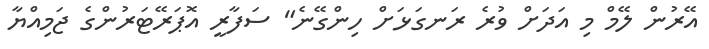
އޭރުން ލޭމް މި އަދަށް ވުރެ ރަނގަޅަށް ހިންގޭނެ" ސަފާރީ އޮޕަރޭޓަރުންގެ ޖަމިއްޔާ